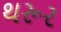
થરૂર